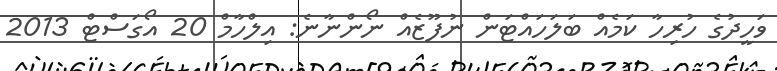
ވަހީދުގެ ހުރިހާ ކަމެއް ބަލަހައްޓަން ނުފޫޒެއް ނޯންނާނެ: އިލްހާމް 20 އޯގަސްޓް 2013